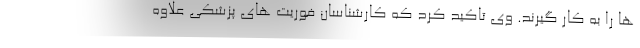
ها را به کار گیرند. وی تاکید کرد که کارشناسان فوریت های پزشکی علاوه